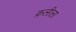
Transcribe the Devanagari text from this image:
क़लीला